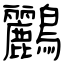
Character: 鸝